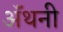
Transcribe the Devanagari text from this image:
ॲंथनी